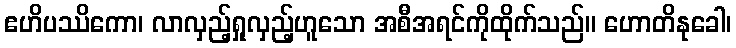
ဧဟိပဿိကော၊ လာလှည့်ရှုလှည့်ဟူသော အစီအရင်ကိုထိုက်သည်။ ဟောတိနုခေါ၊